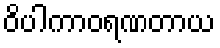
ဝိပါကာဝရဏတာယ